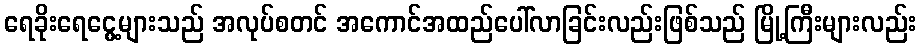
ရေခိုးရေငွေ့များသည် အလုပ်စတင် အကောင်အထည်ပေါ်လာခြင်းလည်းဖြစ်သည် မြို့ကြီးများလည်း